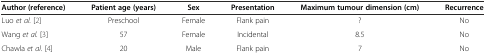
<table><thead><tr><td><b>Author (reference)</b></td><td><b>Patient age (years)</b></td><td><b>Sex</b></td><td><b>Presentation</b></td><td><b>Maximum tumour dimension (cm)</b></td><td><b>Recurrence</b></td></tr></thead><tbody><tr><td>Luo <i>et al.</i>[2]</td><td>Preschool</td><td>Female</td><td>Flank pain</td><td>?</td><td>No</td></tr><tr><td>Wang <i>et al.</i>[3]</td><td>57</td><td>Female</td><td>Incidental</td><td>8.5</td><td>No</td></tr><tr><td>Chawla <i>et al.</i>[4]</td><td>20</td><td>Male</td><td>Flank pain</td><td>7</td><td>No</td></tr></tbody></table>